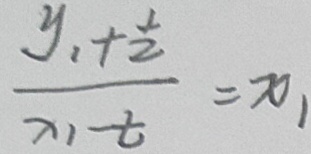
\frac { y _ { 1 } + \frac { 1 } { 2 } } { x _ { 1 } - t } = x _ { 1 }